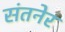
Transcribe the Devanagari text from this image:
संतनेर